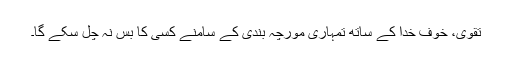
تقوی، خوفِ خدا کے ساتھ تمہاری مورچہ بندی کے سامنے کسی کا بس نہ چل سکے گا۔